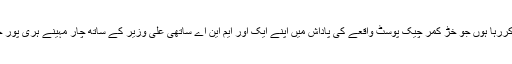
بات ایم این اے محسن داوڑ کی کررہا ہوں جو خڑ کمر چیک پوسٹ واقعے کی پاداش میں اپنے ایک اور ایم این اے ساتھی علی وزیر کے ساتھ چار مہینے ہری پور جیل میں پابند سلاسل رہے تھے۔